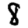
Digit: 8